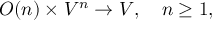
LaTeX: O ( n ) \times V ^ { n } \rightarrow V , \quad n \geq 1 ,